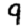
Digit: 9